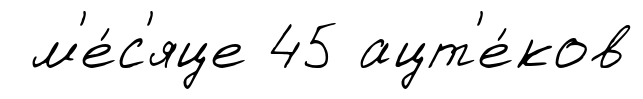
м'е́с'яце 45 ацт'е́ков